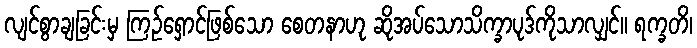
လျင်စွာချခြင်းမှ ကြဉ်ရှောင်ဖြစ်သော စေတနာဟု ဆိုအပ်သောသိက္ခာပုဒ်ကိုသာလျှင်။ ရက္ခတိ၊